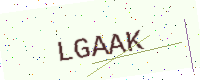
Text: LGAAK